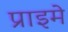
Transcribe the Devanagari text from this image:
प्राइमे